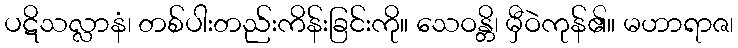
ပဋိသလ္လာနံ၊ တစ်ပါးတည်းကိန်းခြင်းကို။ သေဝန္တိ၊ မှီဝဲကုန်၏။ မဟာရာဇ၊